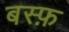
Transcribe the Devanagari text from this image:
बस्फ़